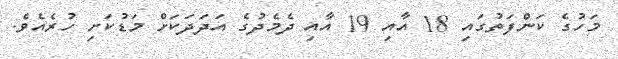
މަހުގެ ކަންފަތުގައި 18 އާއި 19 އާއި ދެމެދުގެ އަދަދަކަށް މަޑުކަށި ހުރެއެވެ.